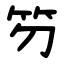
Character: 䇖